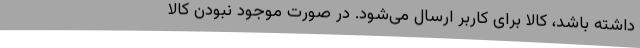
داشته باشد، کالا برای کاربر ارسال می‌شود. در صورت موجود نبودن کالا